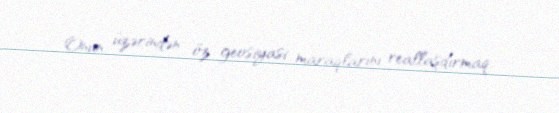
Onun üzərindən öz geosiyasi maraqlarını reallaşdırmaq.